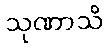
သုဏာသိ